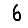
Digit: 6